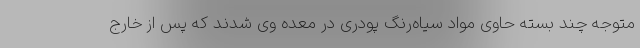
متوجه چند بسته حاوی مواد سیاه‌رنگ پودری در معده وی شدند که پس از خارج